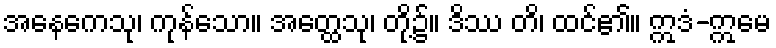
အနေကေသု၊ ကုန်သော။ အတ္ထေသု၊ တို့၌။ ဒိဿ တိ၊ ထင်၏။ ဣဒံ-ဣမေ